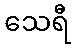
သေရီ